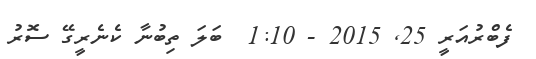
ފެބްރުއަރީ 25